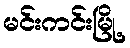
မင်းကင်းမြို့